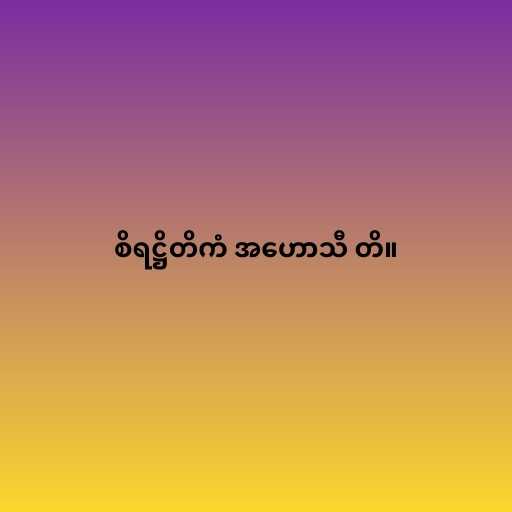
စိရဋ္ဌိတိကံ အဟောသီ တိ။